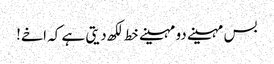
بس مہینے دو مہینے خط لکھ دیتی ہے کہ اخے!